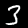
Label: 3